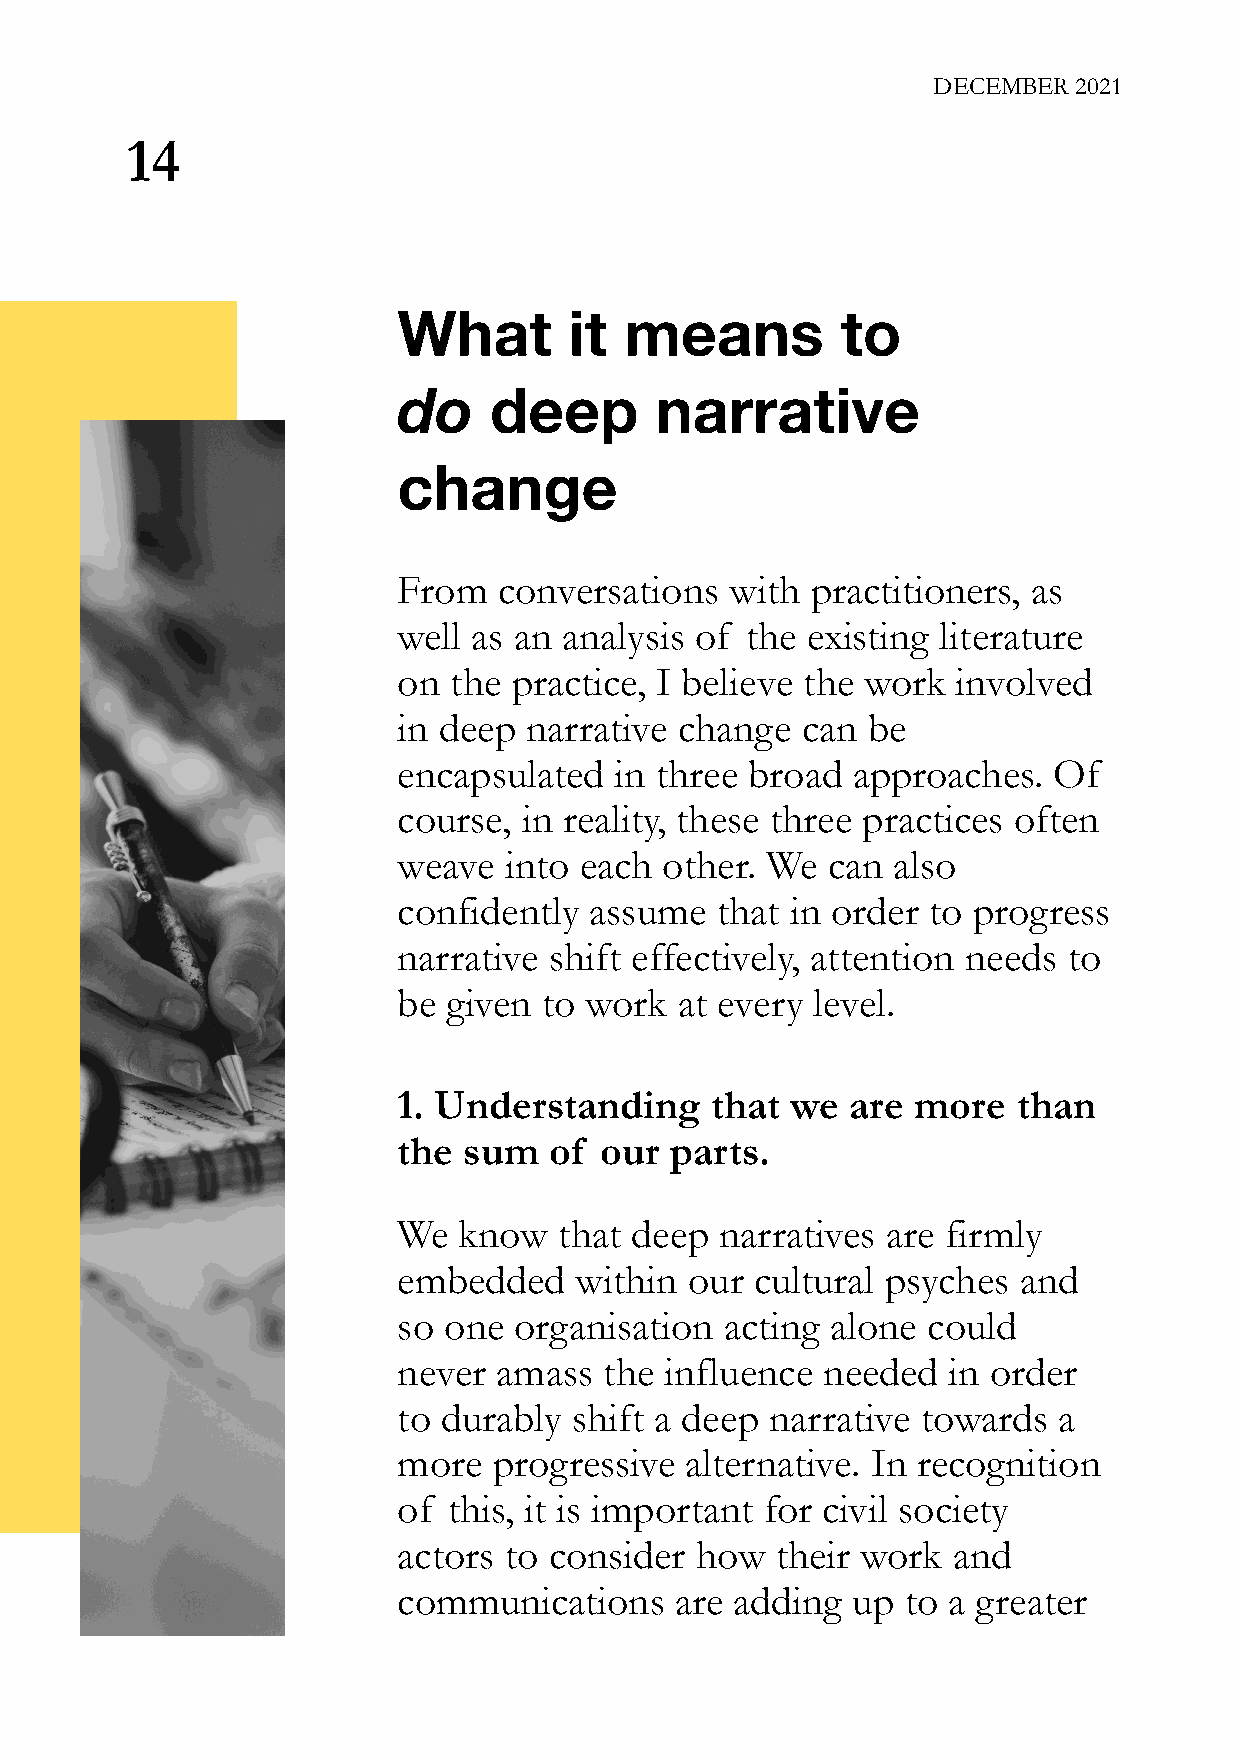
DECEMBER 2021
 14
 What        it means          to
 do    deep       narrative
 change
 From   conversations  with  practitioners, as
 well as an analysis of the existing literature
 on  the practice, I believe the work involved
 in deep  narrative change  can be
 encapsulated   in three broad approaches.   Of
 course,  in reality, these three practices often
 weave  into each  other. We  can also
 confidently  assume  that in order to progress
 narrative shift effectively, attention needs to
 be  given to work  at every level.
 1. Understanding     that we  are  more  than
 the  sum  of  our parts.
 We  know   that deep  narratives are firmly
 embedded    within  our cultural psyches and
 so one  organisation  acting alone could
 never  amass  the influence needed   in order
 to durably  shift a deep narrative towards  a
 more   progressive alternative. In recognition
 of  this, it is important for civil society
 actors to consider  how  their work  and
 communications     are adding up  to a greater